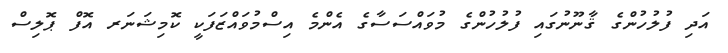
އަދި ފުލުހުންގެ ޤާނޫނުގައި ފުލުހުންގެ މުވައްސަސާގެ އެންމެ އިސްމުވައްޒަފަކީ ކޮމިޝަނަރ އޮފް ޕޮލިސް